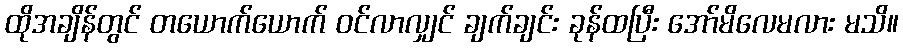
ထိုအချိန်တွင် တယောက်ယောက် ဝင်လာလျှင် ချက်ချင်း ခုန်ထပြီး အော်မိလေမလား မသိ။